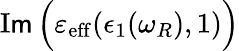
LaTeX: \operatorname{I\mathsf{m}}\Big(\varepsilon_{\mathrm{{eff}}}(\epsilon_{1}(\omega_{R}),1)\Big)